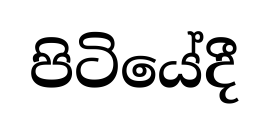
පිටියේදී